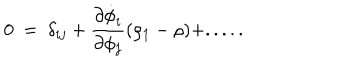
0 ~ = ~ \delta _ { i j } + { \frac { \partial \dot { \phi } _ { i } } { \partial \phi _ { j } } } ( \rho _ { 1 } - \rho ) + . . . . .